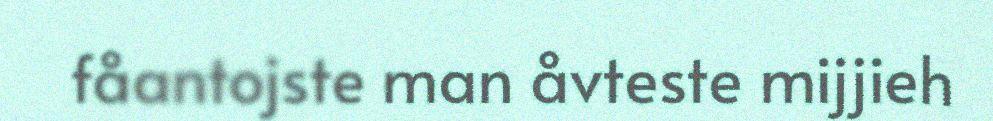
fåantojste man åvteste mijjieh